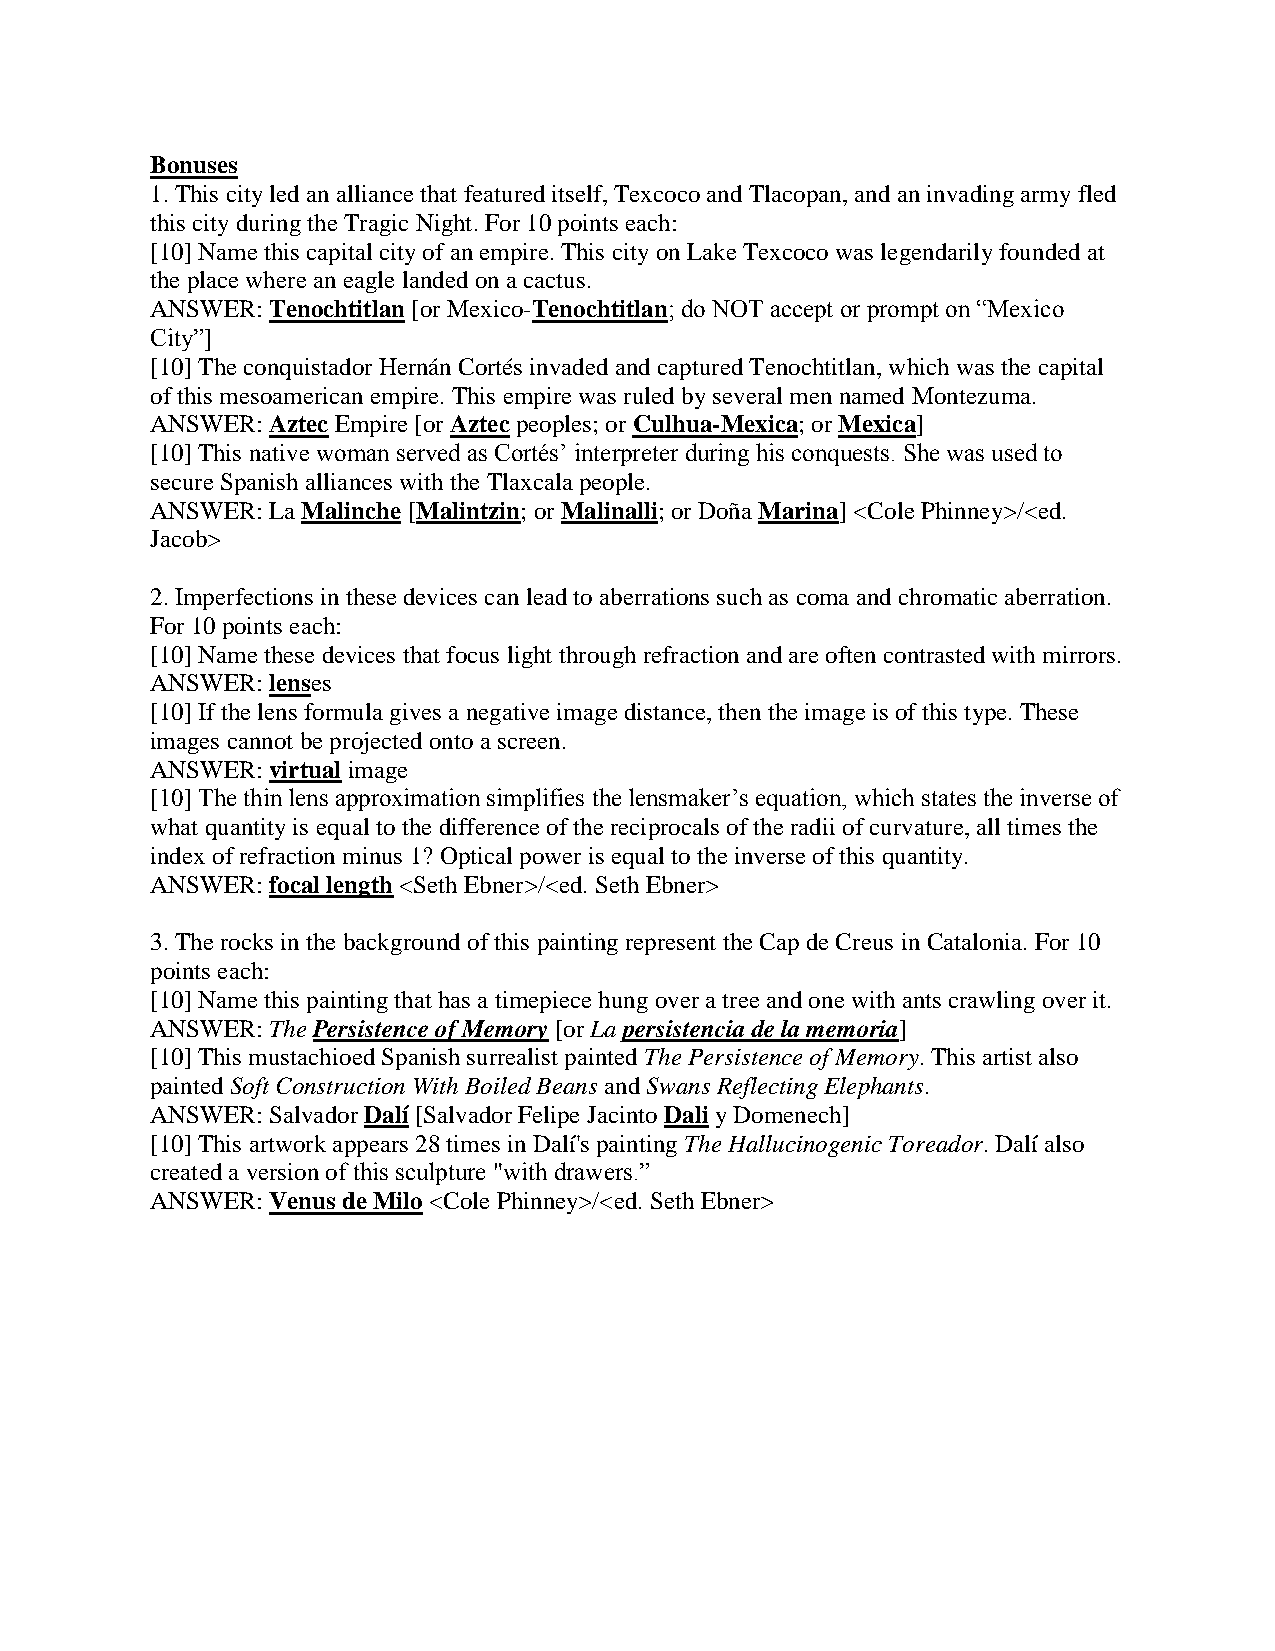
Bonuses
 1. This city led an alliance that featured itself, Texcoco and Tlacopan, and an invading army fled
 this city during the Tragic Night. For 10 points each:
 [10] Name this capital city of an empire. This city on Lake Texcoco was legendarily founded at
 the place where an eagle landed on a cactus.
 ANSWER: Tenochtitlan [or Mexico-Tenochtitlan; do NOT accept or prompt on “Mexico
 City”]
 [10] The conquistador Hernán Cortés invaded and captured Tenochtitlan, which was the capital
 of this mesoamerican empire. This empire was ruled by several men named Montezuma.
 ANSWER: Aztec Empire [or Aztec peoples; or Culhua-Mexica; or Mexica]
 [10] This native woman served as Cortés’ interpreter during his conquests. She was used to
 secure Spanish alliances with the Tlaxcala people.
 ANSWER: La Malinche [Malintzin; or Malinalli; or Doña Marina] <Cole Phinney>/<ed.
 Jacob>
 2. Imperfections in these devices can lead to aberrations such as coma and chromatic aberration.
 For 10 points each:
 [10] Name these devices that focus light through refraction and are often contrasted with mirrors.
 ANSWER: lenses
 [10] If the lens formula gives a negative image distance, then the image is of this type. These
 images cannot be projected onto a screen.
 ANSWER: virtual image
 [10] The thin lens approximation simplifies the lensmaker’s equation, which states the inverse of
 what quantity is equal to the difference of the reciprocals of the radii of curvature, all times the
 index of refraction minus 1? Optical power is equal to the inverse of this quantity.
 ANSWER: focal length <Seth Ebner>/<ed. Seth Ebner>
 3. The rocks in the background of this painting represent the Cap de Creus in Catalonia. For 10
 points each:
 [10] Name this painting that has a timepiece hung over a tree and one with ants crawling over it.
 ANSWER: The Persistence of Memory [or La persistencia de la memoria]
 [10] This mustachioed Spanish surrealist painted The Persistence of Memory. This artist also
 painted Soft Construction With Boiled Beans and Swans Reflecting Elephants.
 ANSWER: Salvador Dalí [Salvador Felipe Jacinto Dali y Domenech]
 [10] This artwork appears 28 times in Dalí's painting The Hallucinogenic Toreador. Dalí also
 created a version of this sculpture "with drawers.”
 ANSWER: Venus de Milo <Cole Phinney>/<ed. Seth Ebner>